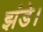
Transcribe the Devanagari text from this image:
झंडे।